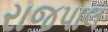
રાજપાલ